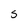
Character: S